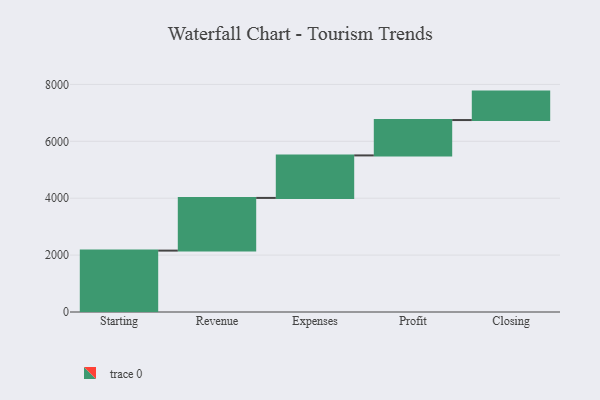
{"axis": {"x": "Step", "y": "Value"}, "legend": [""], "data": [{"x": "Starting", "y": 2158.0, "type": ""}, {"x": "Revenue", "y": 1852.0, "type": ""}, {"x": "Expenses", "y": 1494.0, "type": ""}, {"x": "Profit", "y": 1243.0, "type": ""}, {"x": "Closing", "y": 1000, "type": ""}]}